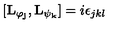
\lbrack \mathbf { L _ { \varphi _ { j } } } , \mathbf { L _ { \psi _ { k } } } ] = i \epsilon _ { j k l }